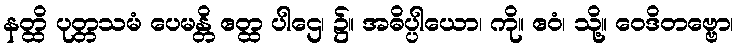
နတ္ထိ ပုတ္တသမံ ပေမန္တိ ဧတ္ထ ပါဌေ၊ ၌။ အဓိပ္ပါယော၊ ကို။ ဧဝံ၊ သို့။ ဝေဒိတဗ္ဗော၊